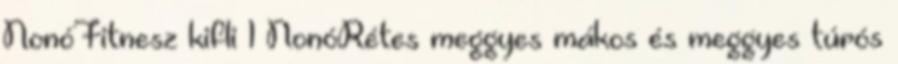
NonóFitnesz kifli 1 NonóRétes meggyes mákos és meggyes túrós